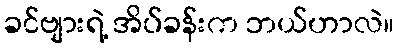
ခင်ဗျားရဲ့ အိပ်ခန်းက ဘယ်ဟာလဲ။